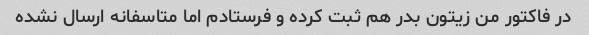
در فاکتور من زیتون بدر هم ثبت کرده و فرستادم اما متاسفانه ارسال نشده